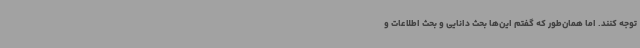
توجه کنند. اما همان‌طور که گفتم این‌ها بحث دانایی و بحث اطلاعات و